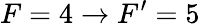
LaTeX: F=4\rightarrow F^{\prime}=5